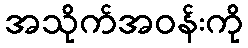
အသိုက်အဝန်းကို